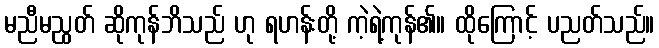
မညီမညွတ် ဆိုကုန်ဘိသည် ဟု ရဟန်းတို့ ကဲ့ရဲ့ကုန်၏။ ထိုကြောင့် ပညတ်သည်။